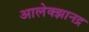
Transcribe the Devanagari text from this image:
आलेक्झानद्र